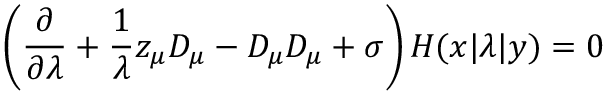
\left( { \frac { \partial } { \partial \lambda } } + { \frac { 1 } { \lambda } } z _ { \mu } D _ { \mu } - D _ { \mu } D _ { \mu } + \sigma \right) H ( x | \lambda | y ) = 0